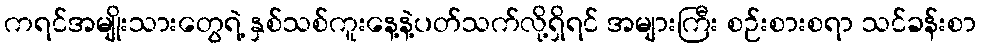
ကရင်အမျိုးသားတွေရဲ့ နှစ်သစ်ကူးနေ့နဲ့ပတ်သက်လို့ရှိရင် အများကြီး စဉ်းစားစရာ သင်ခန်းစာ